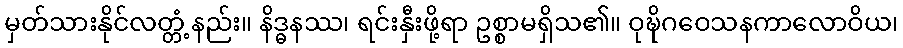
မှတ်သားနိုင်လတ္တံ့နည်း။ နိဒ္ဓနဿ၊ ရင်းနှီးဖို့ရာ ဥစ္စာမရှိသ၏။ ဝုဍ္ဎိဂဝေသနကာလောဝိယ၊